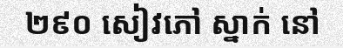
២៩០ សៀវភៅ ស្នាក់ នៅ